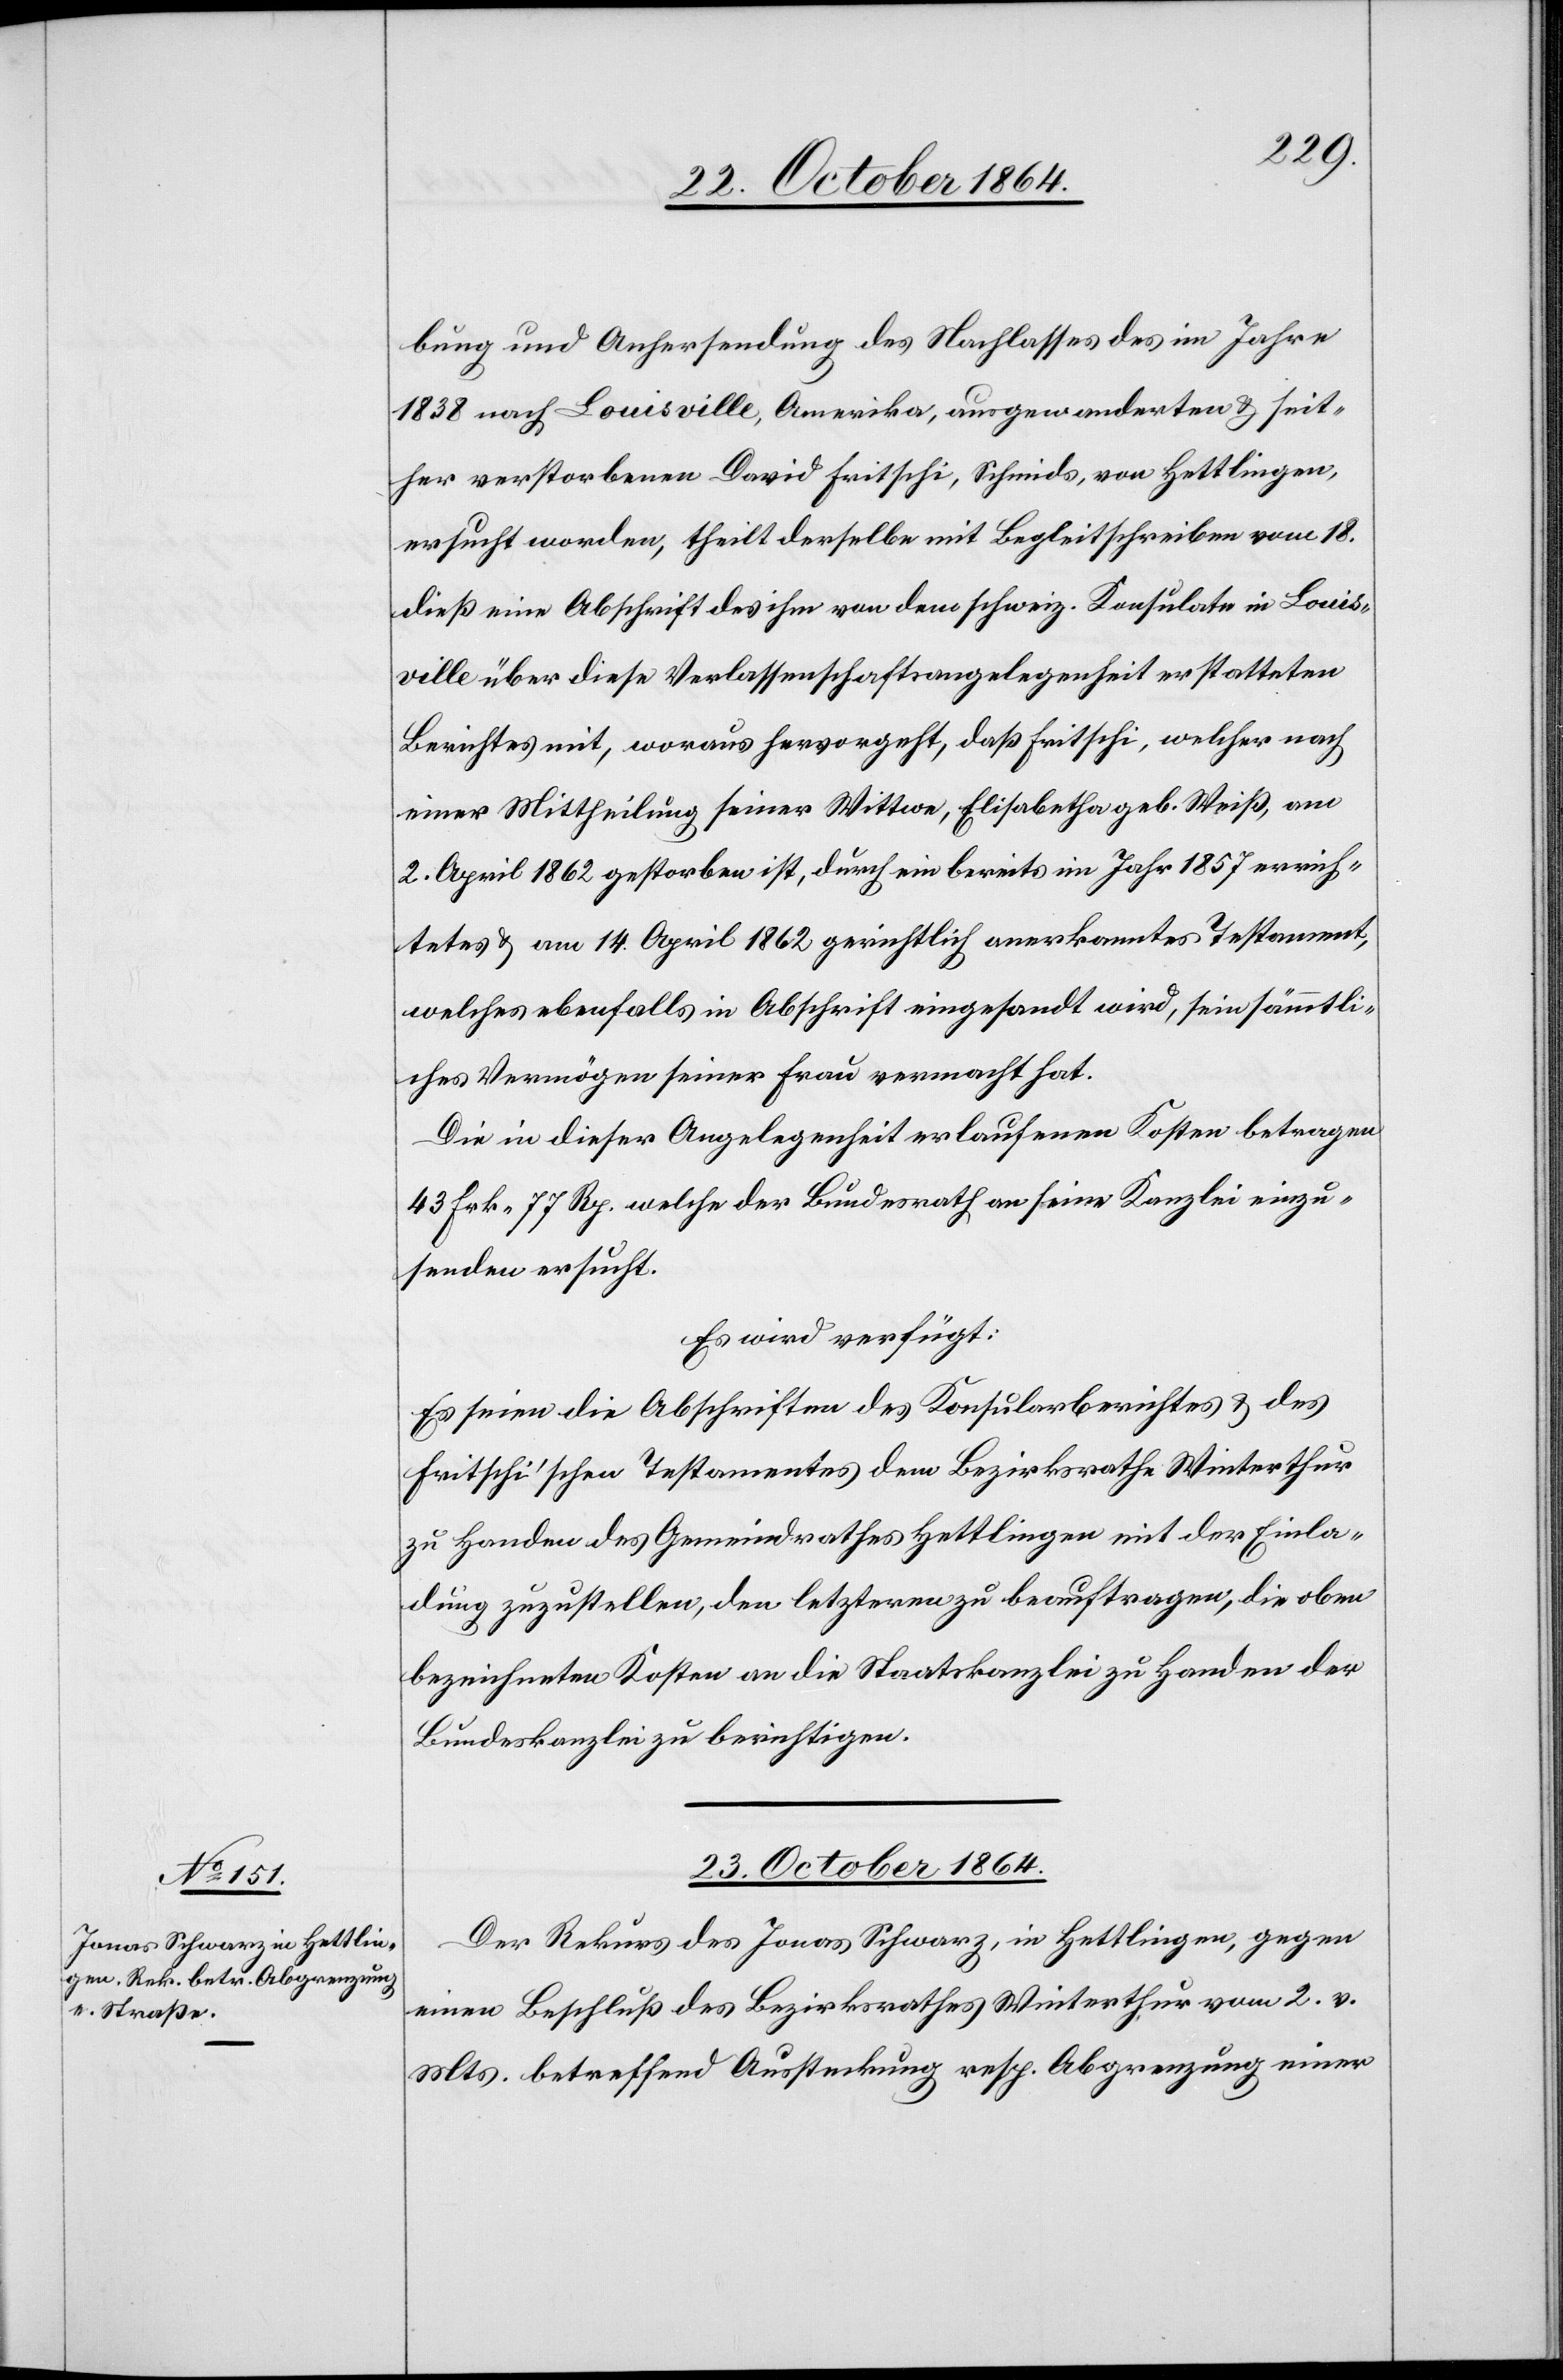
bung und Anhersendung des Nachlasses des im Jahre
1838 nach Louisville, Amerika, ausgewanderten & seit¬
her verstorbenen David Fritschi, Schmid, von Hettlingen,
ersucht worden, theilt derselbe mit Begleitschreiben vom 18.
dieß eine Abschrift des ihm von dem schweiz. Konsulate in Louis¬
ville über diese Verlassenschaftsangelegenheit erstatteten
Berichtes mit, woraus hervorgeht, daß Fritschi, welcher nach
einer Mittheilung seiner Wittwe, Elisabetha, geb. Weiß, am
2. April 1862 gestorben ist, durch ein bereits im Jahr 1857 errich¬
tetes & am 14. April 1862 gerichtlich anerkanntes Testament,
welches ebenfalls in Abschrift eingesandt wird, sein sämmtli¬
ches Vermögen seiner Frau vermacht hat.
Die in dieser Angelegenheit erlaufenen Kosten betragen
43 Frk. 77 Rp. welche der Bundesrath an seine Kanzlei einzu¬
senden ersucht.
Es wird verfügt:
Es seien die Abschriften des Konsularberichtes & des
Fritschi’schen Testamentes dem Bezirksrathe Winterthur
zu Handen des Gemeindrathes Hettlingen mit der Einla¬
dung zuzustellen, den letzteren zu beauftragen, die oben
bezeichneten Kosten an die Staatskanzlei zu Handen der
Bundeskanzlei zu berichtigen.
23. October 1864.
Der Rekurs des Jonas Schwarz, in Hettlingen, gegen
einen Beschluß des Bezirksrathes Winterthur vom 2. v.
Mts. betreffend Aussteckung resp. Abgrenzung einer